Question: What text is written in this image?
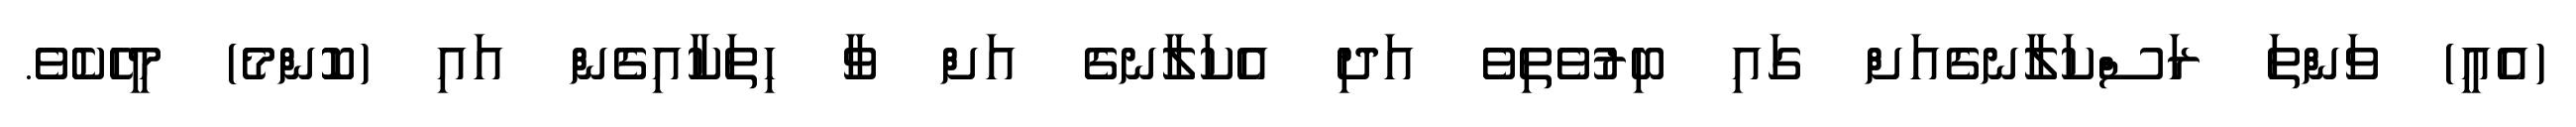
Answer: (އެއީ) ވަންތަ ރަސްކަލާނގެއަށް ގައި ބިރުވެތިވެ އަދި އެކަލާނގެ އަށް ވާ ހިތަކާއިގެން އައި (ކޮންމެ) މީހެކެވެ.